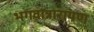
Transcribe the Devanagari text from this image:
भगवान्नारायण